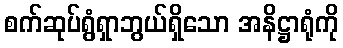
စက်ဆုပ်ရွံရှာဘွယ်ရှိသော အနိဋ္ဌာရုံကို